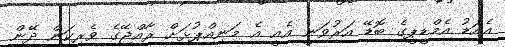
އެއަޑު އެމްޑީޕީގެ ބޮޑޭ އަރުވަނީ އެއީ އެ މަނިއްޕުޅަށް ރާއްޖޭގެ ވެރިކަން ދޭން